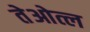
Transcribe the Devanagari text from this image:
तेओत्ल